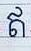
ឥ